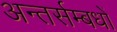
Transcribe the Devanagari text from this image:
अन्तर्सम्बधों